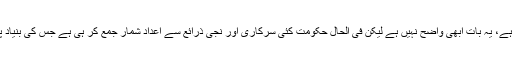
مذکورہ سکیم کے تحت حکومت کیا کرنے کا ارادہ رکھتی ہے، یہ بات ابھی واضح نہیں ہے لیکن فی الحال حکومت کئی سرکاری اور نجی ذرائع سے اعداد شمار جمع کر ہی ہے جس کی بنیاد پر فیصلہ کیا جائے گا کہ آپ ایک اچھے شہری ہیں یا نہیں۔